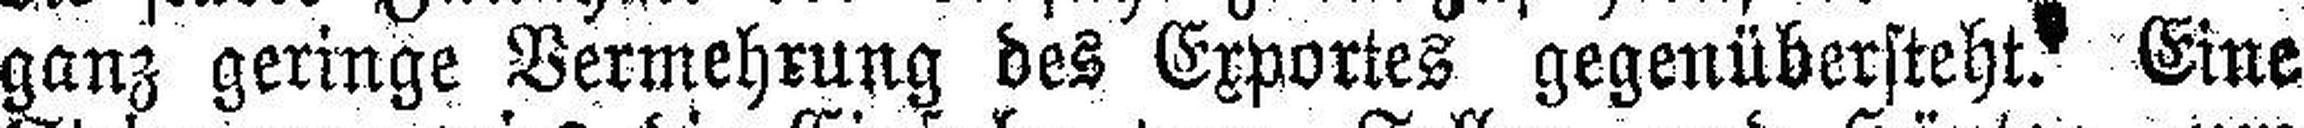
ganz geringe Vermehrung des Exportes gegenübersteht. Eine